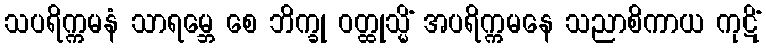
သပရိက္ကမနံ သာရမ္ဘေ စေ ဘိက္ခု ဝတ္ထုသ္မိံ အပရိက္ကမနေ သညာစိကာယ ကုဋိံ